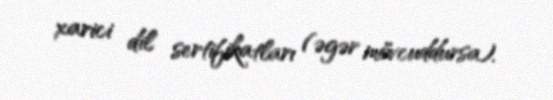
xarici dil sertifikatları (əgər mövcuddursa).